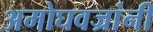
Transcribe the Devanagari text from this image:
अमोघवज्रांनी